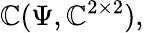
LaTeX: \mathbb{C}(\Psi,\mathbb{{\mathbb{C}}}^{2\times2}),